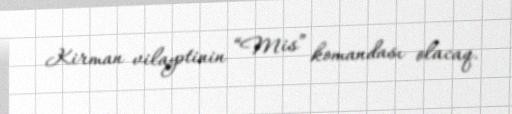
Kirman vilayətinin “Mis” komandası olacaq.